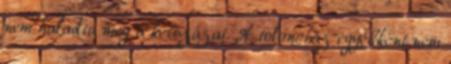
nem haladta meg a kétszázat. A toloncház egyébként nem